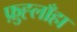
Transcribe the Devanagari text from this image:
फ़ुह्लाँहा